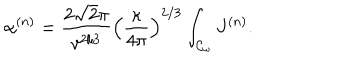
\alpha ^ { ( n ) } = \frac { 2 \sqrt { 2 } \pi } { v ^ { 2 / 3 } } \left( \frac { \kappa } { 4 \pi } \right) ^ { 2 / 3 } \int _ { { \cal { C } } _ { \omega } } { J ^ { ( n ) } } .